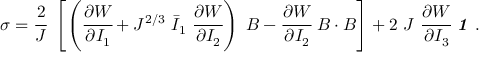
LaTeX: { \boldsymbol { \sigma } } = { \cfrac { 2 } { J } } ~ \left[ \left( { \cfrac { \partial W } { \partial I _ { 1 } } } + J ^ { 2 / 3 } ~ { \bar { I } } _ { 1 } ~ { \cfrac { \partial W } { \partial I _ { 2 } } } \right) ~ { \boldsymbol { B } } - { \cfrac { \partial W } { \partial I _ { 2 } } } ~ { \boldsymbol { B } } \cdot { \boldsymbol { B } } \right] + 2 ~ J ~ { \cfrac { \partial W } { \partial I _ { 3 } } } ~ { \boldsymbol { \mathit { 1 } } } ~ .